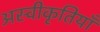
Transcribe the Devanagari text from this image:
अस्वीकृतियाँ